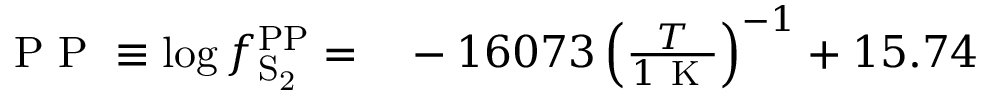
\begin{array} { r l } { { \mathrm { ~ P ~ P ~ } } \equiv \log f _ { \mathrm { S _ { 2 } } } ^ { \mathrm { P P } } = } & { { } - 1 6 0 7 3 \left( \frac { T } { 1 \mathrm { ~ K ~ } } \right) ^ { - 1 } + 1 5 . 7 4 } \end{array}